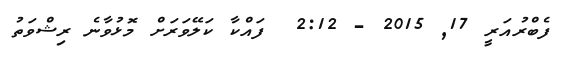
ފެބްރުއަރީ 17